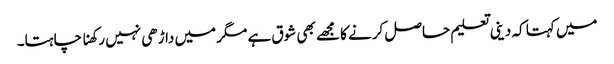
میں کہتا کہ دینی تعلیم حاصل کرنے کا مجھے بھی شوق ہے مگر میں داڑھی نہیں رکھنا چاہتا۔